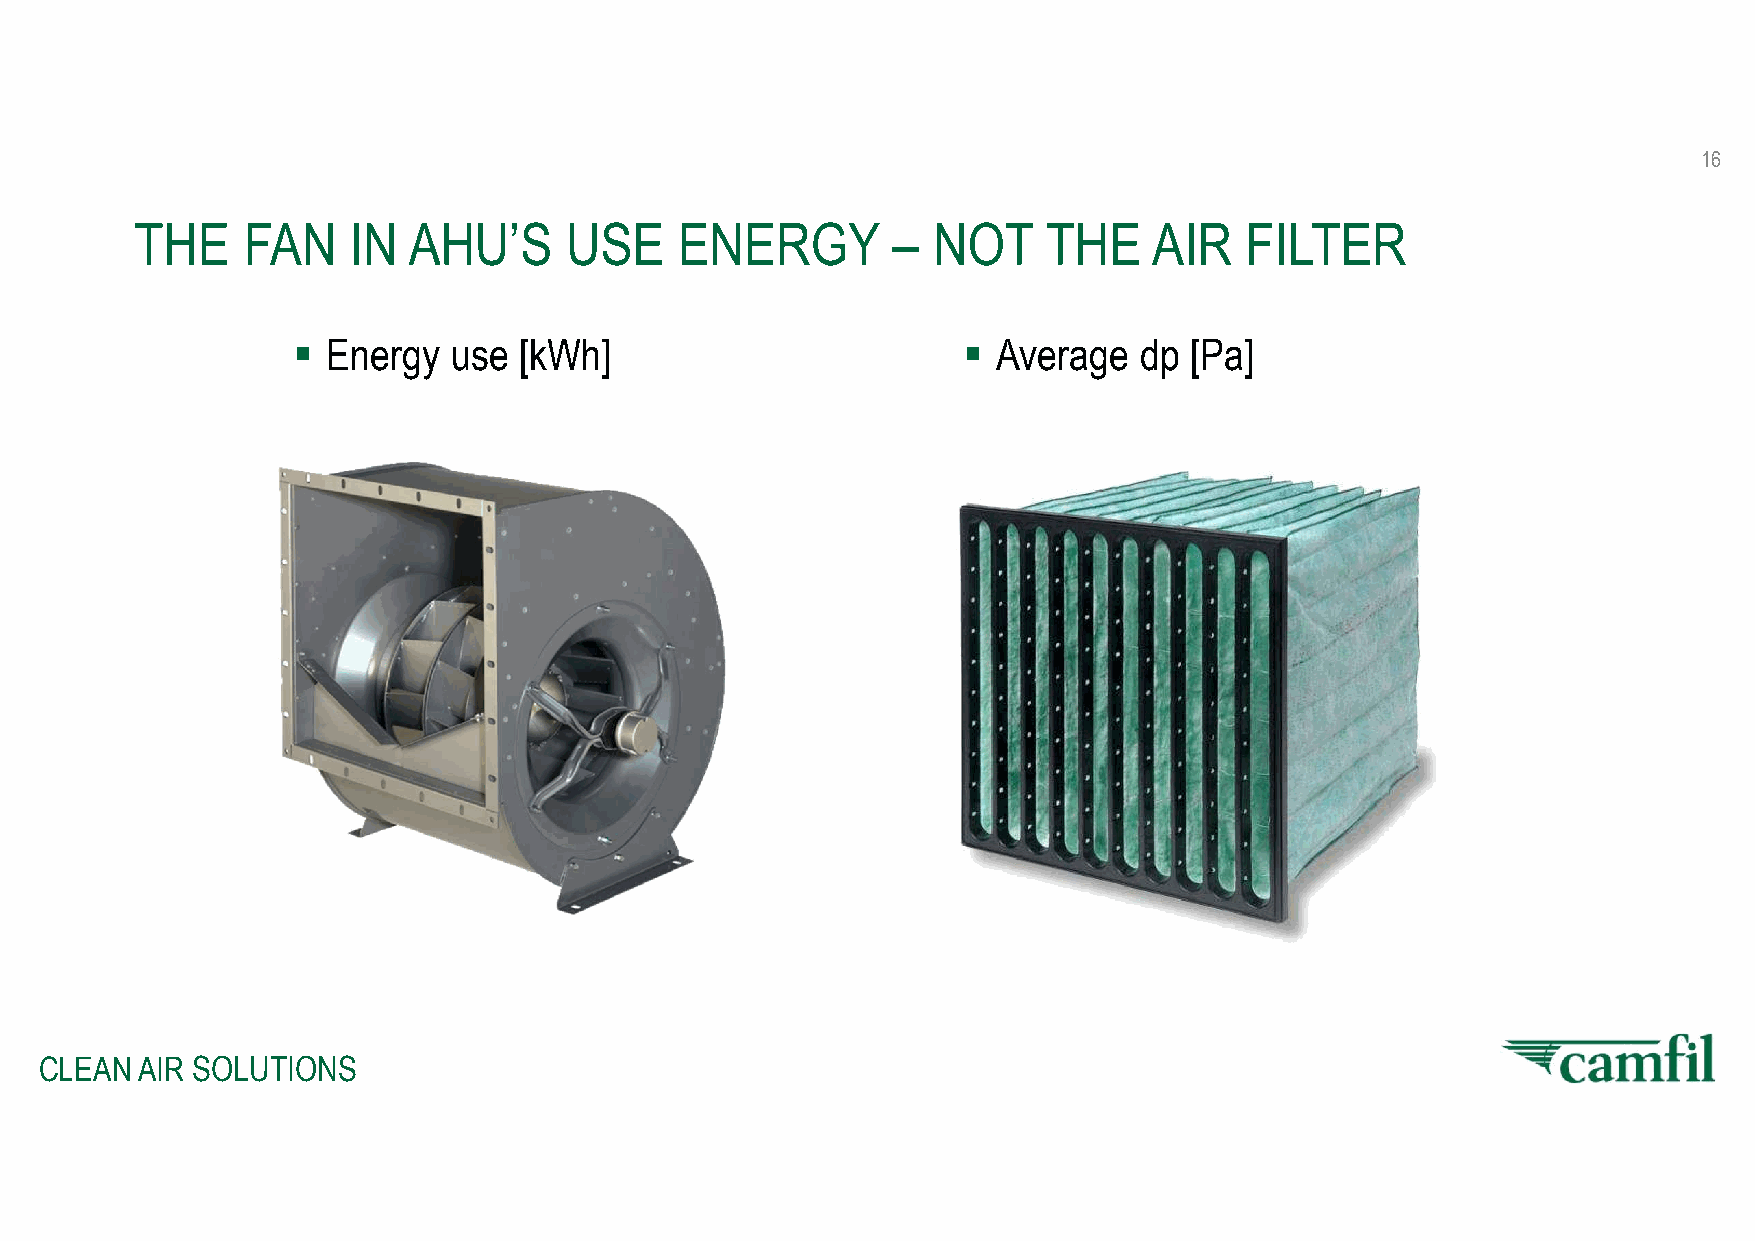
16
 THE    FAN    IN  AHU’S     USE     ENERGY        –  NOT    THE    AIR   FILTER
   Energy  use [kWh]                          Average  dp  [Pa]
 CLEAN AIR SOLUTIONS